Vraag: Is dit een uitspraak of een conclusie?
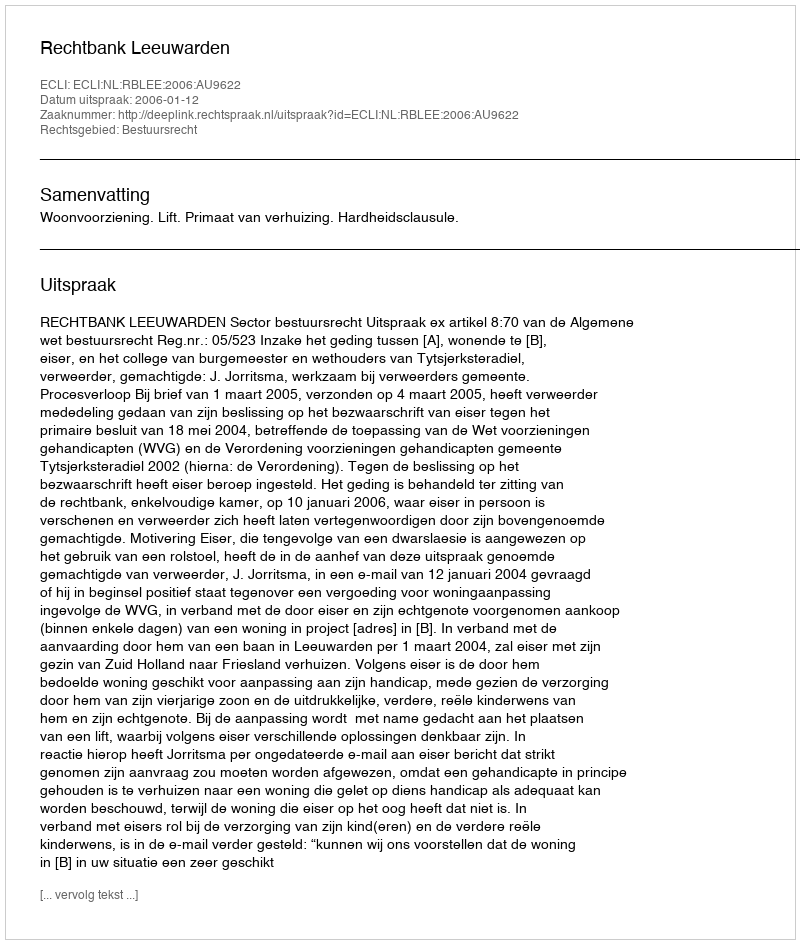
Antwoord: Uitspraak